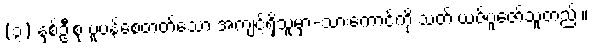
(၃) နှစ်ဦးစုံ ပူပန်စေတတ်သော အကျင့်ရှိသူမှာ-သားကောင်ကို သတ် ယဇ်ပူဇော်သူတည်း။